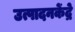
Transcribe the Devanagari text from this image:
उत्पादनकेंद्रे